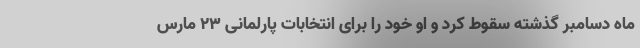
ماه دسامبر گذشته سقوط کرد و او خود را برای انتخابات پارلمانی ۲۳ مارس